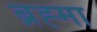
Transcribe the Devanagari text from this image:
ब्रह्‍मा